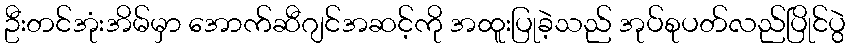
ဦးတင်အုံးအိမ်မှာ အောက်ဆီဂျင်အဆင့်ကို အထူးပြုခဲ့သည် အုပ်စုပတ်လည်ပြိုင်ပွဲ